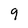
Character: 9